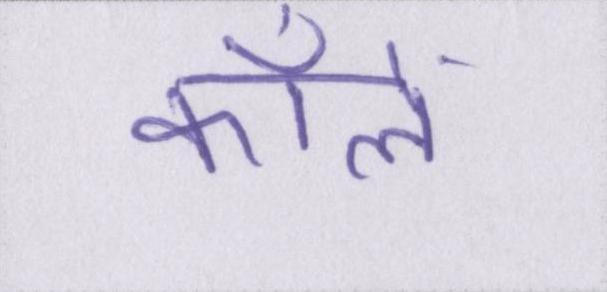
कॉलें